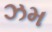
ઝમ